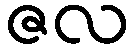
ဇလ